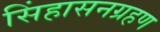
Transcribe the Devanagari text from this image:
सिंहासनग्रहण